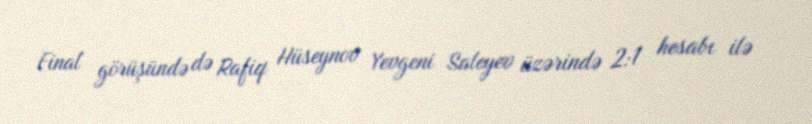
Final görüşündə də Rafiq Hüseynov Yevgeni Saleyev üzərində 2:1 hesabı ilə